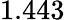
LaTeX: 1.443